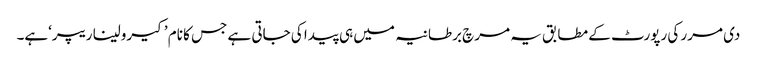
دی مرر کی رپورٹ کے مطابق یہ مرچ برطانیہ میں ہی پیدا کی جاتی ہے جس کا نام ’کیرولینا ریپر‘ہے۔